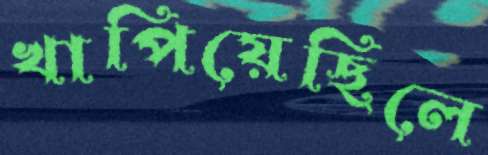
খাপিয়েছিলে